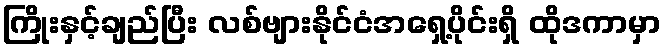
ကြိုးနှင့်ချည်ပြီး လစ်ဗျားနိုင်ငံအရှေ့ပိုင်းရှိ ထိုဒကာမှာ